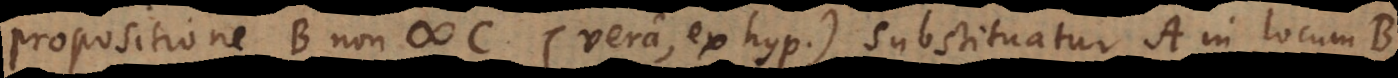
propositione B non # C (vera, ex hyp.) substituatur A in locum B